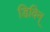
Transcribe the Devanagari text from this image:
डिविन्